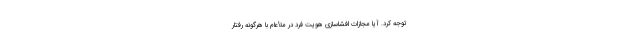
توجه کرد. آیا مجازات افشاسازی هویت فرد در ملأعام با هرگونه رفتار